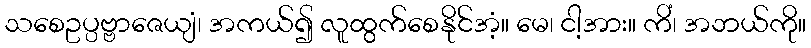
သစေဥပ္ပဗ္ဗာဇေယျံ၊ အကယ်၍ လူထွက်စေနိုင်အံ့။ မေ၊ ငါ့အား။ ကိံ၊ အဘယ်ကို။